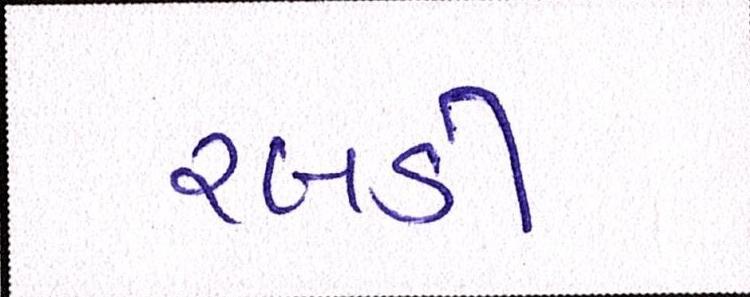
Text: રબડી